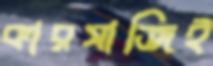
কারসাজিই